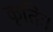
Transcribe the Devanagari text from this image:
कृतिः।